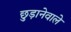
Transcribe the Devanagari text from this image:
छुड़ानेवाले